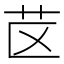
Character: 𰰤